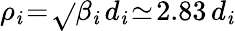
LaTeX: \rho_{\mathit{i}}\! =\! \sqrt{}{{\beta_{\mathit{i}}}}\, d_{\mathit{i}}\! \simeq\! 2.83\, d_{\mathit{i}}